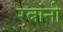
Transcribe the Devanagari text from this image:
रत्नांनी